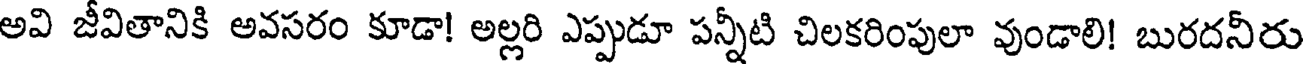
అవి జీవితానికి అవసరం కూడా! అల్లరి ఎప్పుడూ పన్నీటి చిలకరింపులా వుండాలి! బురదనీరు